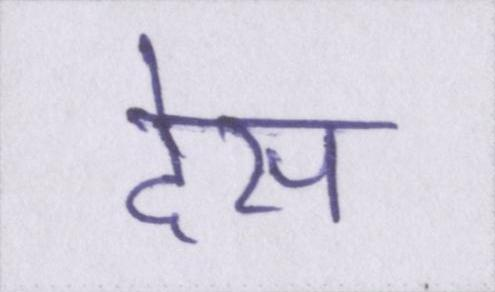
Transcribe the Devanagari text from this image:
देस